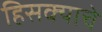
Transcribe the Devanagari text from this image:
हिसक्याचे